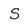
Character: s